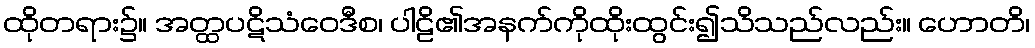
ထိုတရား၌။ အတ္ထပဋိသံဝေဒီစ၊ ပါဠိ၏အနက်ကိုထိုးထွင်း၍သိသည်လည်း။ ဟောတိ၊